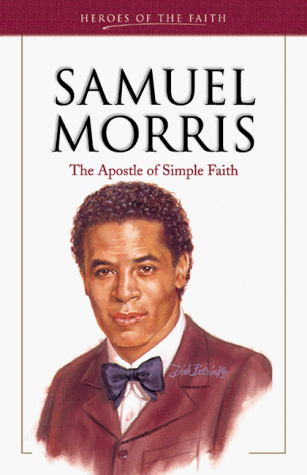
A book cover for Samuel Morris: The Apostle of Simple Faith (Heroes of the Faith (Barbour Paperback)); W. Terry Whalin; Teen & Young Adult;